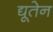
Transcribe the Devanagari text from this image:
द्यूतेन